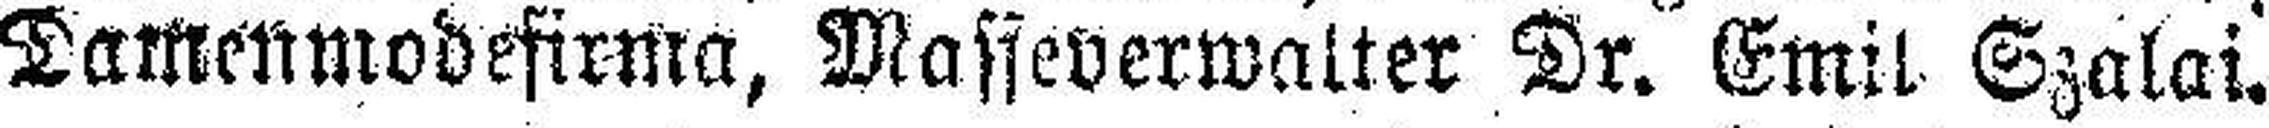
Tamenmodefirma, Masseverwalter Dr. Emil Szalai.